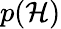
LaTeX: p(\mathcal{H})